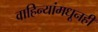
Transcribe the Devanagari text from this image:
वाहिन्यांमधूनही